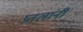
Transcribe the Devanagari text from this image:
प्रतलांनी